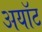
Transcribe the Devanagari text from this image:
अयॉट